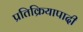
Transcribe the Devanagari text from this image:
प्रतिक्रियापादी